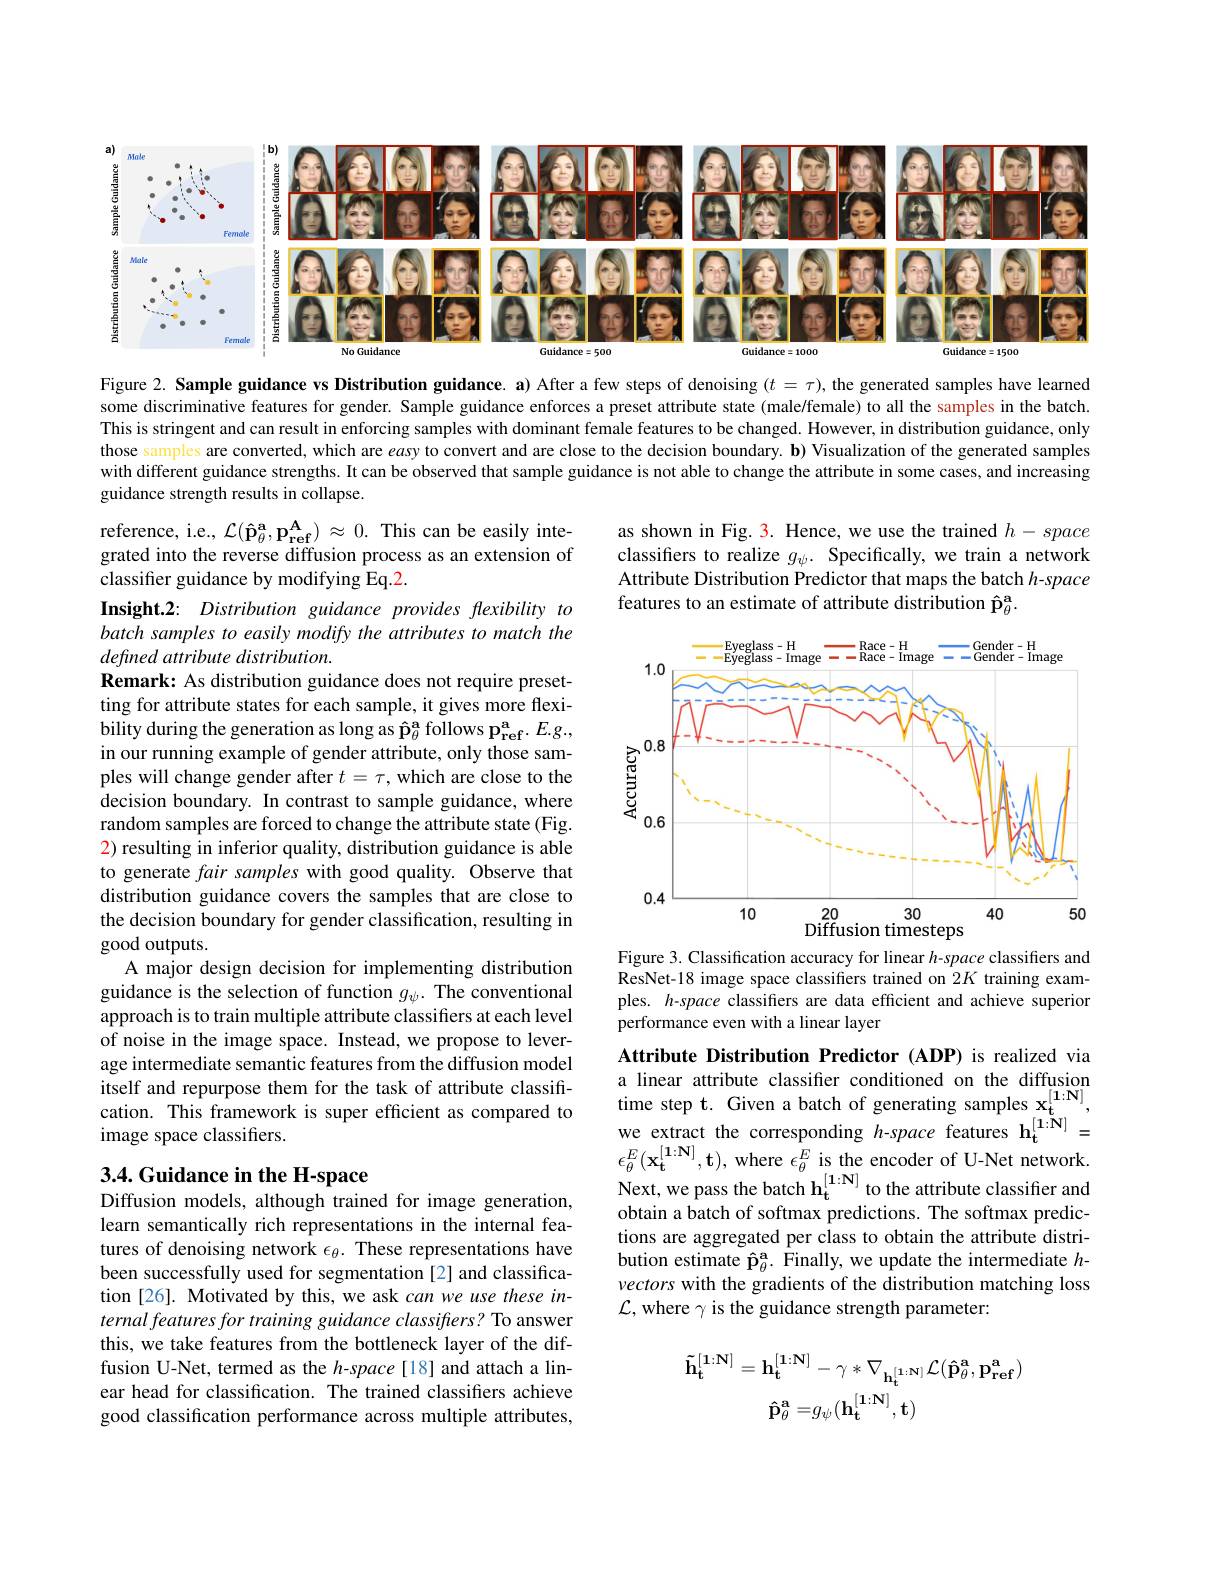
<FigureHere>

Figure 2. Sample guidance vs Distribution guidance. a) After a few steps of denoising $(t=\tau)$, the generated samples have learned some discriminative features for gender. Sample guidance enforces a preset attribute state (male/female) to all the samples in the batch. This is stringent and can result in enforcing samples with dominant female features to be changed. However, in distribution guidance, only those samples are converted, which are easy to convert and are close to the decision boundary. b) Visualization of the generated samples with different guidance strengths. It can be observed that sample guidance is not able to change the attribute in some cases, and increasing guidance strength results in collapse.

reference, i.e., $\mathcal{L}(\mathbf{\hat{p}}_{\theta}^{\mathbf{a}},\mathbf{p}_{\mathbf{ref}}^{\mathbf{A}})\approx0.$ This can be easily integrated into the reverse diffusion process as an extension of classifier guidance by modifying Eq.2.

as shown in Fig. 3. Hence, we use the trained $h-space$ classifers to realize $g_\psi.$ Specifically, we train a network Attribute Distribution Predictor that maps the batch h-space features to an estimate of attribute distribution p$_\theta^\mathrm{a}.$

<FigureHere>

Insight.2: Distribution guidance provides flexibility to batch samples to easily modify the attributes to match the defined attribute distribution.
Remark: As distribution guidance does not require presetting for attribute states for each sample, it gives more flexibility during the generation as long as p$_\theta^\mathrm{a}$ follows p$_\mathrm{ref}^\mathrm{a}.E.g.$, in our running example of gender attribute, only those samples will change gender after $t=\tau$,which are close to the decision boundary. In contrast to sample guidance, where random samples are forced to change the attribute state (Fig. 2) resulting in inferior quality, distribution guidance is able to generate fair samples with good quality. Observe that distribution guidance covers the samples that are close to the decision boundary for gender classification, resulting in good outputs.
A major design decision for implementing distribution guidance is the selection of function $g_\psi.$ The conventional approach is to train multiple attribute classifiers at each level of noise in the image space. Instead, we propose to leverage intermediate semantic features from the diffusion model itself and repurpose them for the task of attribute classification. This framework is super efficient as compared to image space classifiers.

Figure 3. Classification accuracy for linear $h$-space classifiers and ResNet-18 image space classifiers trained on $2K$ training examples. h-space classifiers are data efficient and achieve superior performance even with a linear layer

# 3.4. Guidance in the H-space Diffusion models, although trained for image generation,

Attribute Distribution Predictor (ADP) is realized via a linear attribute classifier conditioned on the diffusion time step t. Given a batch of generating samples $\mathbf{x_t^{[1:N]},}$ we extract the corresponding $h$-space features h$_{\mathrm{t}}^{[1:\mathbf{N}]}=$ $\epsilon _{\theta }^{E}( \mathbf{x} _{\mathbf{t} }^{[ \mathbf{1} : \mathbf{N} ] }, \mathbf{t} ) $, where $\epsilon _{\theta }^{E}$ is the encoder of U- Net network. Next, we pass the batch $h_{t}^{[ \mathbf{1} : \mathbf{N} ] }$ to the attribute classifier and obtain a batch of softmax predictions. The softmax predictions are aggregated per class to obtain the attribute distribution estimate $\hat{\mathbf{p}}_\theta^\mathrm{a}.$ Finally, we update the intermediate $h$- vectors with the gradients of the distribution matching loss $\mathcal{L}$, where $\gamma$ is the guidance strength parameter:

learn semantically rich representations in the internal features of denoising network $\epsilon_\theta.$ These representations have been successfully used for segmentation [2] and classification[26]. Motivated by this, we ask can we use these internal features for training guidance classifiers? To answer this, we take features from the bottleneck layer of the diffusion U-Net, termed as the $h$-space[18] and attach a linear head for classification. The trained classifiers achieve good classification performance across multiple attributes,
$$\mathbf{\tilde{h}_{t}^{[1:N]}}=\mathbf{h_{t}^{[1:N]}}-\gamma*\nabla_{\mathbf{h_{t}^{[1:N]}}}\mathcal{L}(\mathbf{\hat{p}_{\theta}^{a}},\mathbf{p_{ref}^{a}})\\\mathbf{\hat{p}}_{\theta}^{\mathbf{a}}=g_{\psi}(\mathbf{h_{t}^{[1:N]}},\mathbf{t})$$